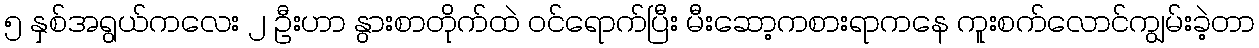
၅ နှစ်အရွယ်ကလေး ၂ ဦးဟာ နွားစာတိုက်ထဲ ဝင်ရောက်ပြီး မီးဆော့ကစားရာကနေ ကူးစက်လောင်ကျွမ်းခဲ့တာ